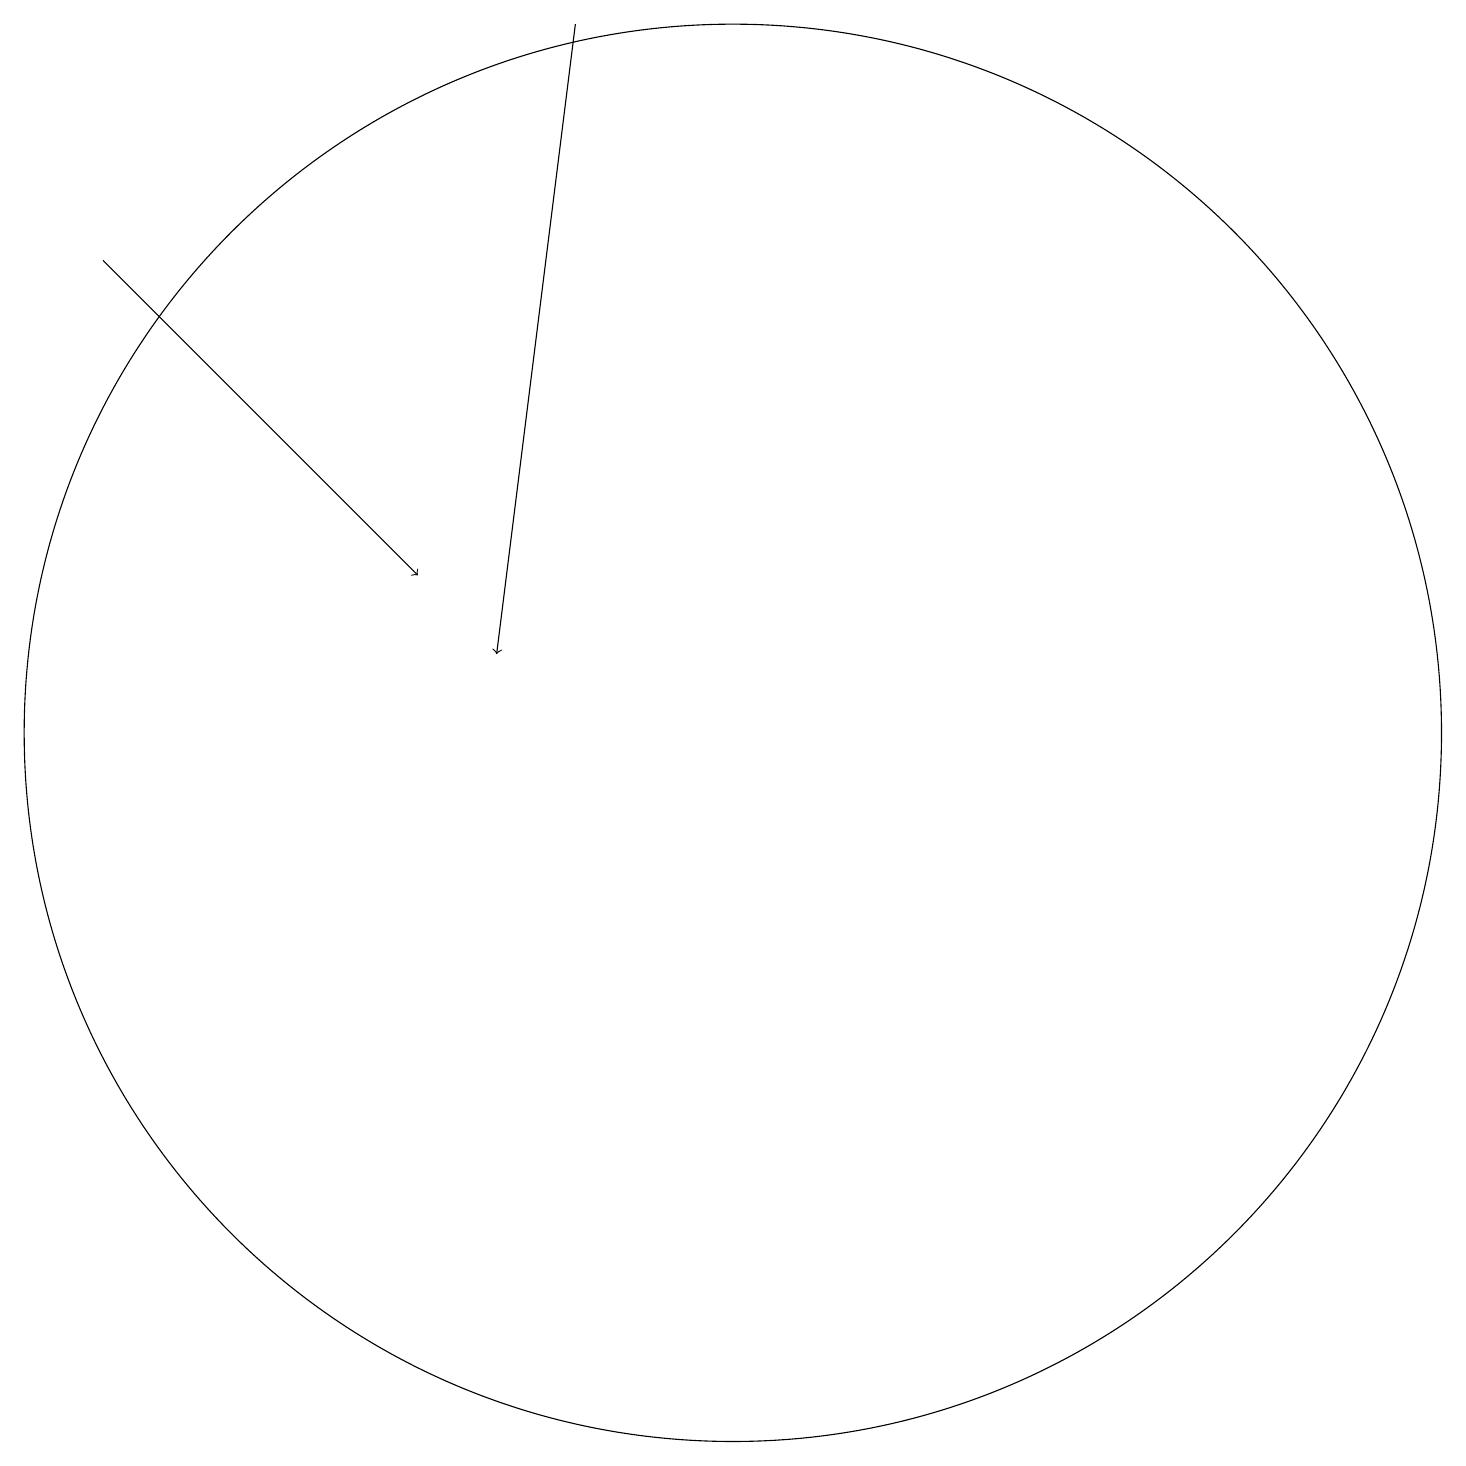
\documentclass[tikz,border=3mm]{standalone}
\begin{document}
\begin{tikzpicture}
\draw[->] (2,16) -- (6,12);
\draw (10,10) circle (9);
\draw[->] (8,19) -- (7,11);
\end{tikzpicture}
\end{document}